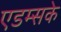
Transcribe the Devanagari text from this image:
एडम्सके